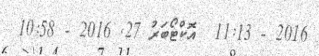
2016 - 11:13  އޮކްޓޯބަރު 27